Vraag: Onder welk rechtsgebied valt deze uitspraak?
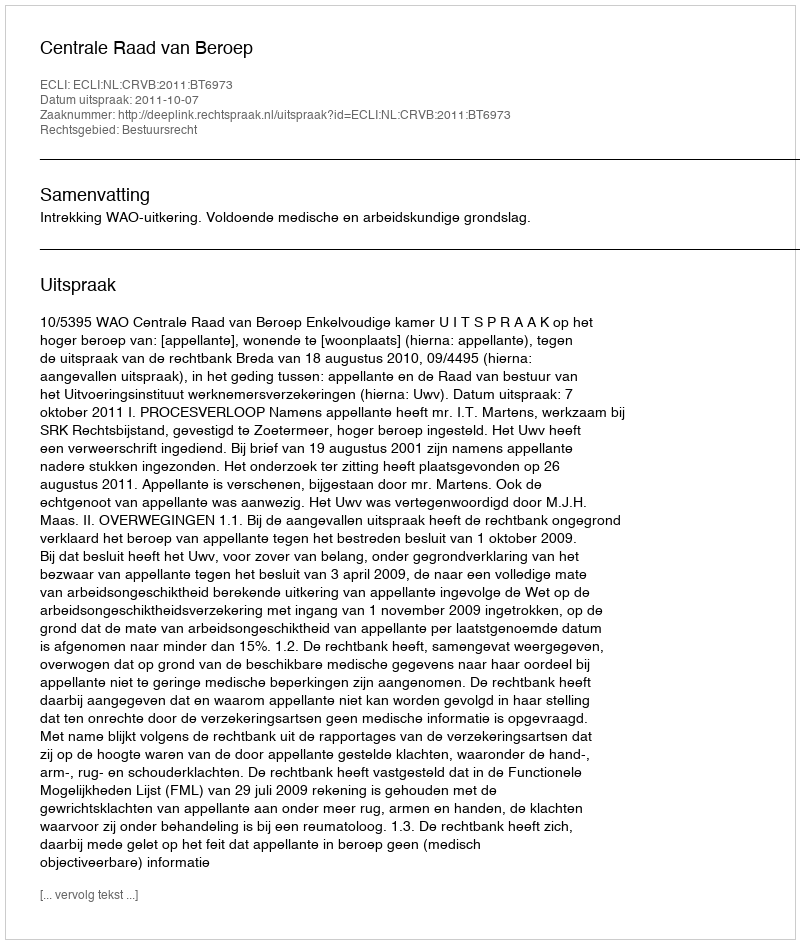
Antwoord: Bestuursrecht